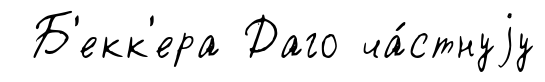
Б'екк'ера Даго ча́стнуjу